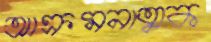
আক্রমনাত্মক